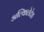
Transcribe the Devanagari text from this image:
अल्किलेटेड